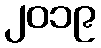
၂၀၁၉